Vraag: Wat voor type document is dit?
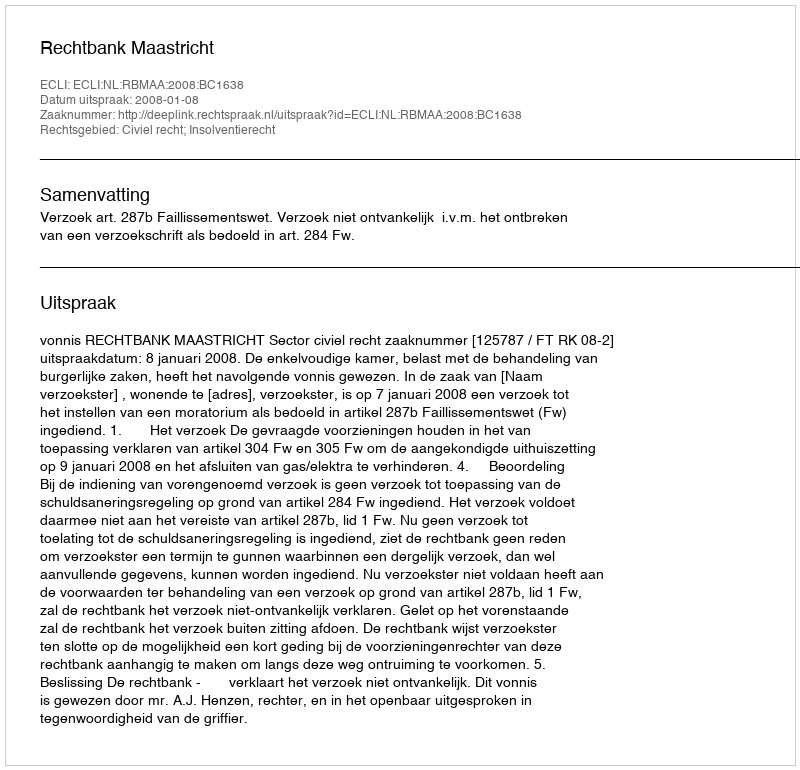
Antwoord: Uitspraak